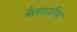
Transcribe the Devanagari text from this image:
बैलगाडीवर